Report on sanitation, dispensaries, and jails in Rajputana for 1920, and on vaccination for the year 1920-1921 - 1920-1921
Year: 1920
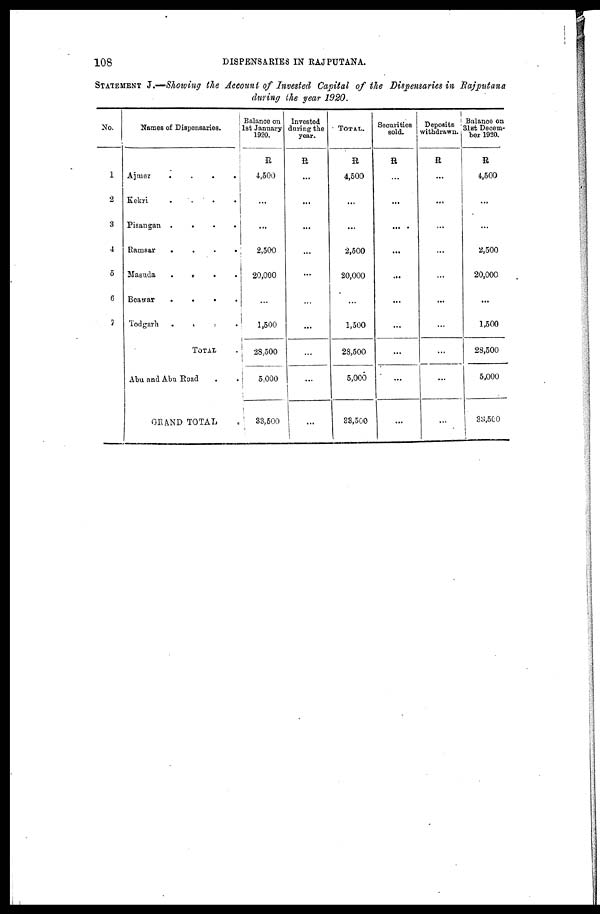
108
DISPENSARIES IN RAJPUTANA.
STATEMENT J.—Showing the Account of Invested Capital of the Dispensaries in Rajputana
during the year 1920.
No.
1
2
3
4
5
6
7
Names of Dispensaries.
Ajmer
.
.
.
.
Kekri
.
.
. .
Pisangan .
.
.
.
Ramsar
.
.
.
.
Masuda
. . . .
Beawar
. . . .
Todgarh
. . . .
TOTAL .
Abu and Abu Road . .
GRAND TOTAL .
Balance on
1st January
1920.
R
4,500
...
...
2,500
20,000
...
1,500
28,500
5,000
33,500
Invested
during the
year.
R
...
...
...
...
...
...
...
...
...
...
TOTAL.
R
4,500
...
...
2,500
20,000
...
1,500
28,500
5,000
38,500
Securities
sold.
R
...
...
...
...
...
...
...
...
...
...
Deposits
withdrawn.
R
...
...
...
...
...
...
...
...
...
...
Balance on
31st Decem-
ber 1920.
R
4,500
...
...
2,500
20,000
...
1,500
28,500
5,000
33,500